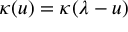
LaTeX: \kappa ( u ) = \kappa ( \lambda - u )